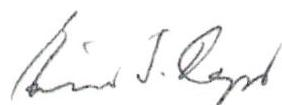
Eino S. Repo